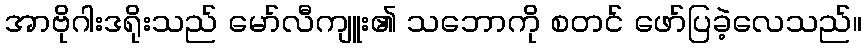
အာဗိုဂါးဒရိုးသည် မော်လီကျူး၏ သဘောကို စတင် ဖော်ပြခဲ့လေသည်။